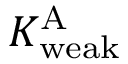
K _ { \mathrm { w e a k } } ^ { \mathrm { A } }